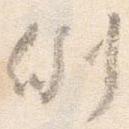
例